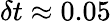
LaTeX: \delta t\approx 0.05